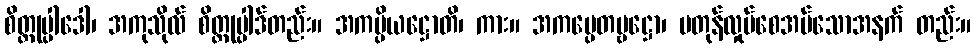
စိတ္တုပ္ပါဒေါ၊ အကုသိုလ် စိတ္တုပ္ပါဒ်တည်း။ အကမ္ပိယဋ္ဌောတိ၊ ကား။ အကမ္ပေတဗ္ဗဋ္ဌော၊ မတုန်လှုပ်စေအပ်သောအနက် တည်း။